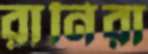
রানিরা